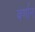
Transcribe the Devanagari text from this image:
वर्णान